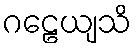
ဂဠေယျသိ